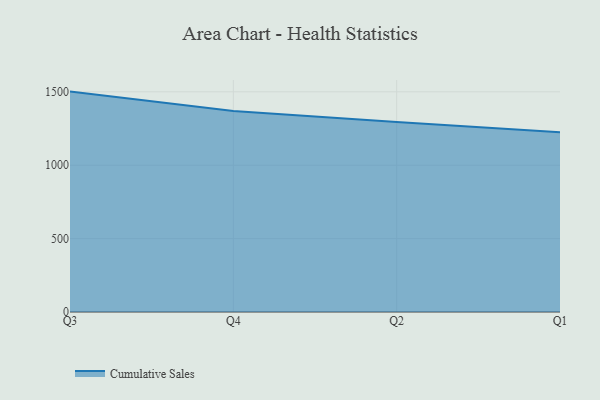
{"axis": {"x": "Quarter", "y": "Humidity (%)"}, "legend": ["Cumulative Sales"], "data": [{"x": "Q3", "y": 1501.5, "type": "Cumulative Sales"}, {"x": "Q4", "y": 1369.8, "type": "Cumulative Sales"}, {"x": "Q2", "y": 1293.9, "type": "Cumulative Sales"}, {"x": "Q1", "y": 1225.4, "type": "Cumulative Sales"}]}